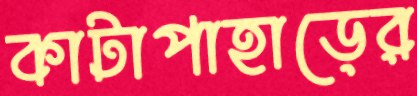
কাটাপাহাড়ের